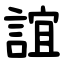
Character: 誼